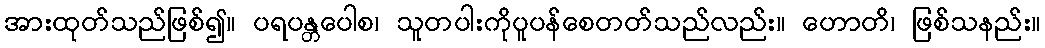
အားထုတ်သည်ဖြစ်၍။ ပရပန္တပေါစ၊ သူတပါးကိုပူပန်စေတတ်သည်လည်း။ ဟောတိ၊ ဖြစ်သနည်း။